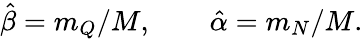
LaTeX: \hat{\beta}=m_{Q}/M,\qquad\hat{\alpha}=m_{N}/M.